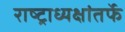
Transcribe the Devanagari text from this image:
राष्ट्राध्यक्षांतर्फे